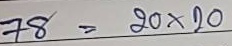
78 = 20 x 20